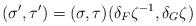
LaTeX: \begin{align*}(\sigma',\tau')=(\sigma,\tau)(\delta_F\zeta^{-1},\delta_G\zeta)\end{align*}